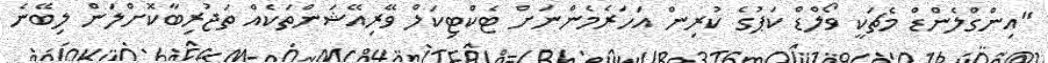
"އިންގްލެންޑް މެޗަކީ ވޯލްޑް ކަޕުގެ ކުރިން އަހަރެމެންނަށް ޓެކްޓިކަލް ވޭރިއޭޝަންތަކެއް ތަޖުރިބާކޮށްލަން ލިބޭނެ